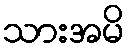
သားအမိ